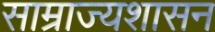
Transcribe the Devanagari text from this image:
साम्राज्यशासन